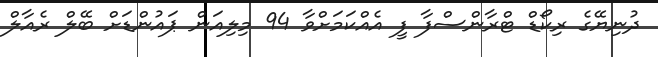
ދުނިޔޭގެ ރިކޯޑް ޓްރާންސްފާ ފީ އެއްކަމަށްވާ 94 މިލިއަން ޕައުންޑަށް ބޭލް ރެއާލް